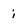
Character: i